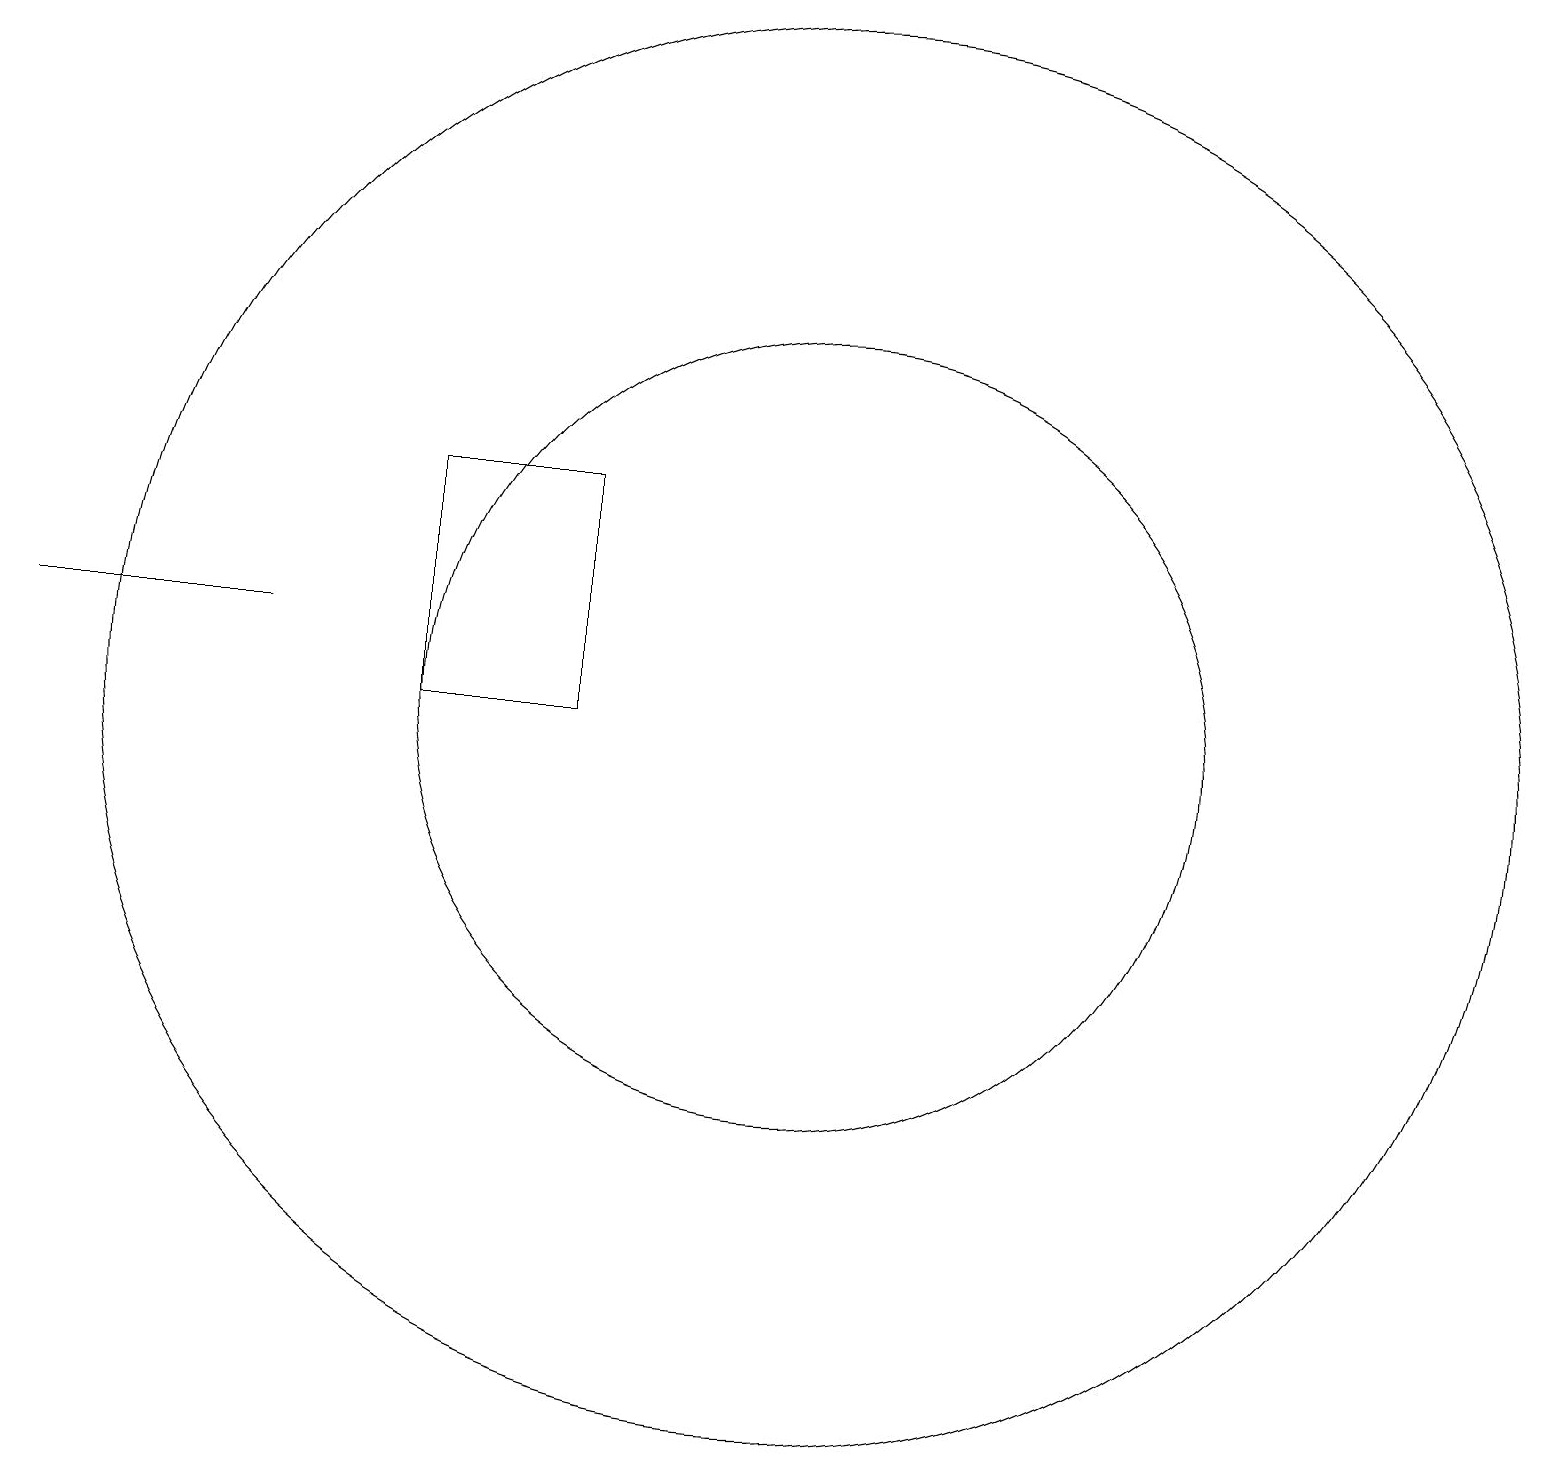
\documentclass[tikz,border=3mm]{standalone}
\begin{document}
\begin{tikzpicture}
\draw (11,11) circle (5);
\draw (11,11) circle (9);
\draw (4,12) rectangle (1,12);
\draw (6,11) rectangle (8,14);
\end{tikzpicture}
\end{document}